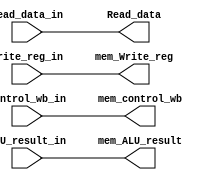
`timescale 1ns / 1ps
//////////////////////////////////////////////////////////////////////////////////
// Company: 
// 
// Design Name: 
// Module Name:    mem_latch 
//////////////////////////////////////////////////////////////////////////////////
module mem_latch(input [1:0] control_wb_in, input[31:0] Read_data_in, input[31:0] ALU_result_in, input[4:0] Write_reg_in,
output reg[1:0]mem_control_wb, output reg[31:0]Read_data, output reg[31:0]mem_ALU_result, output reg[4:0] mem_Write_reg 
    );
	 
	  always @*
     begin
     #5  // clock cycle of the latch
         mem_control_wb <= control_wb_in;
			Read_data  <= Read_data_in;
			mem_ALU_result <= ALU_result_in;
			mem_Write_reg   <= Write_reg_in;

			
     end

endmodule